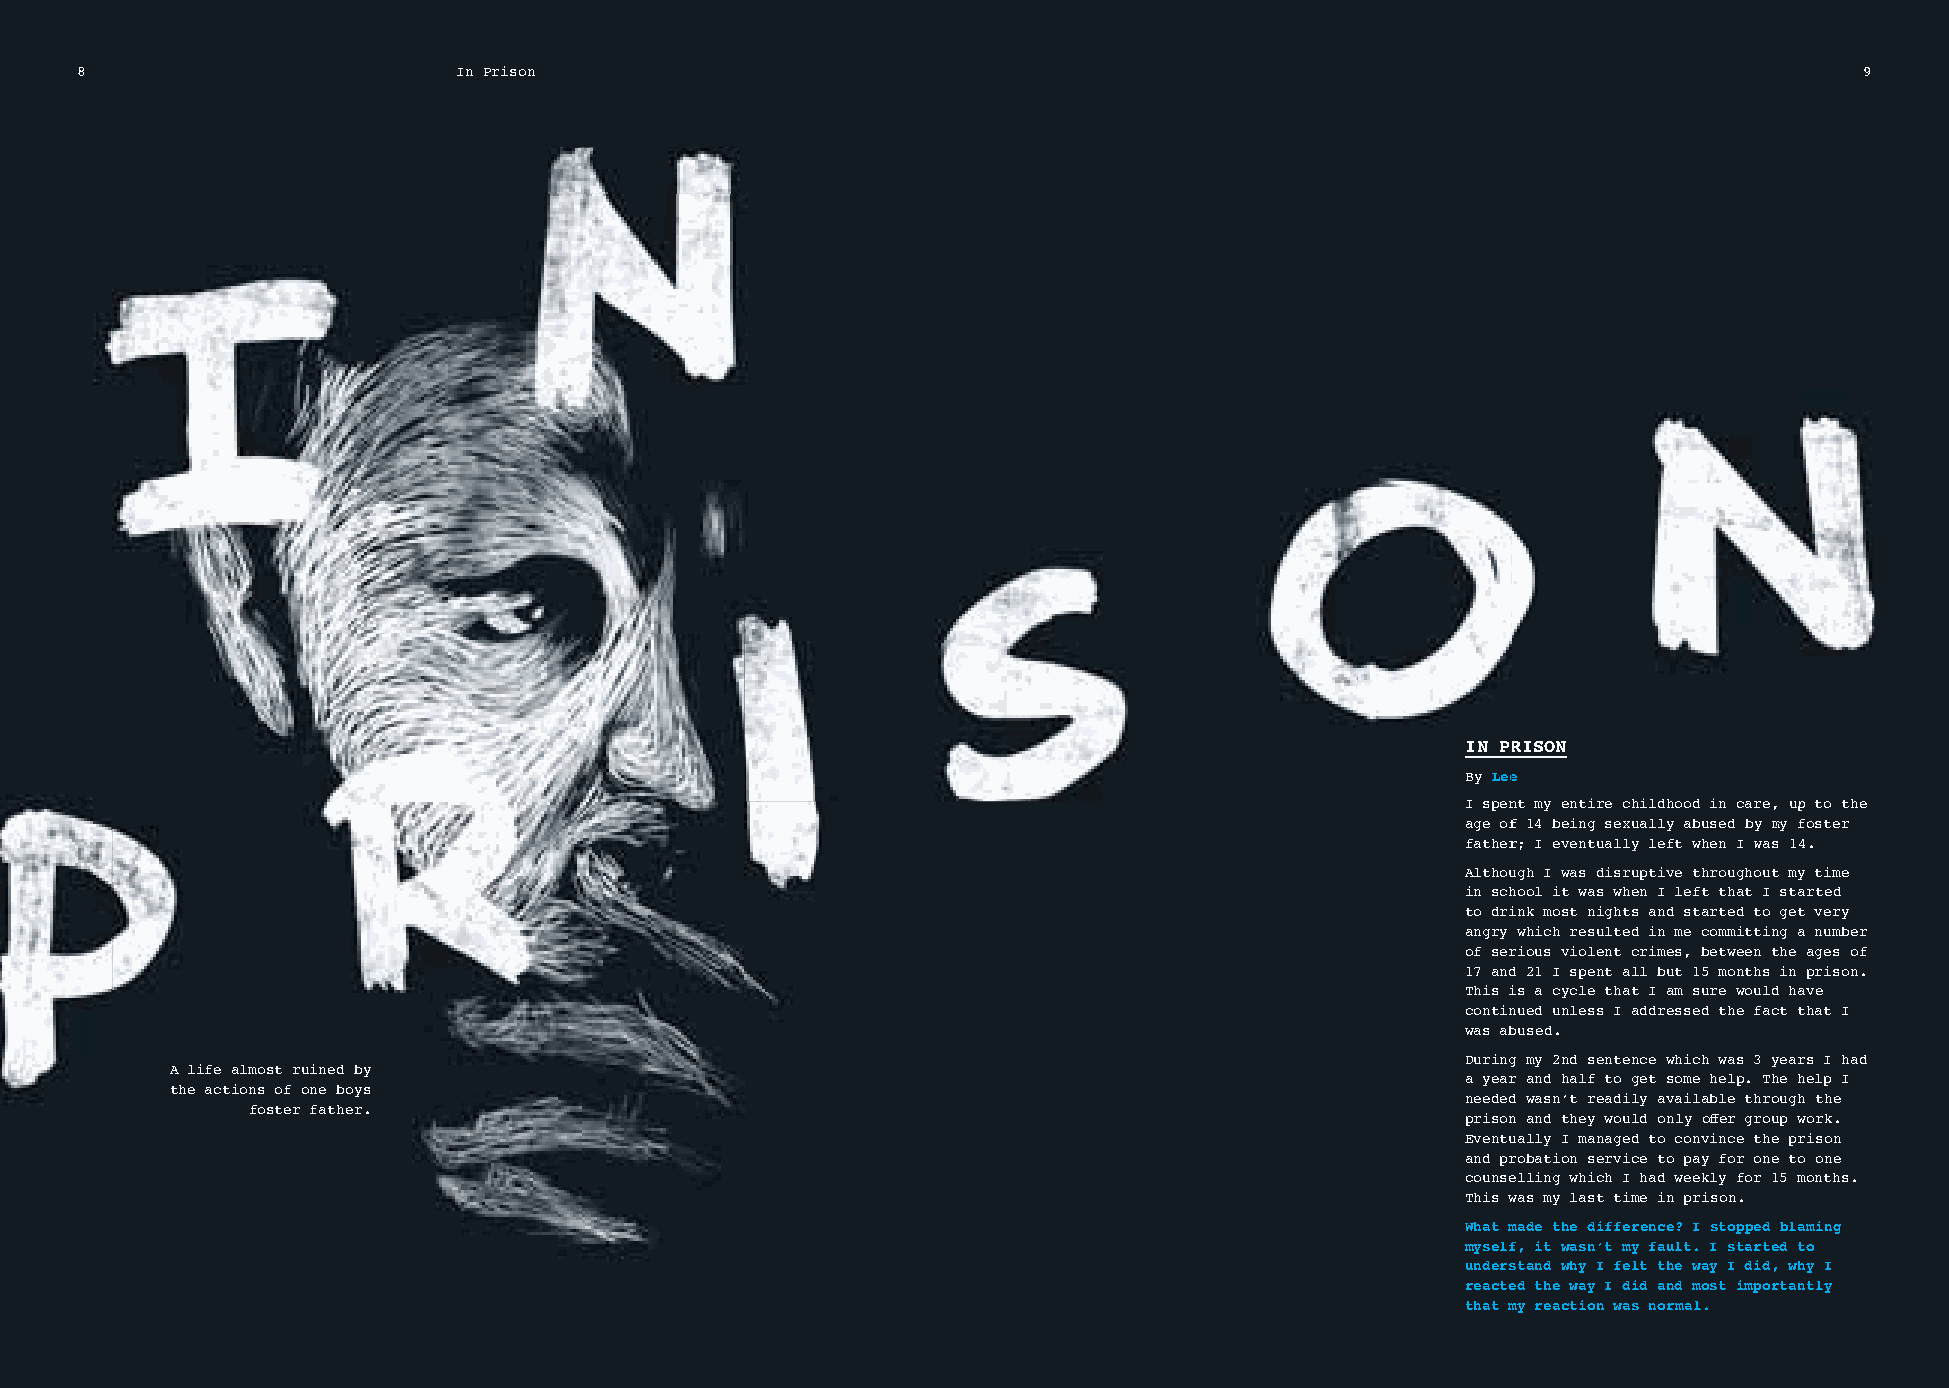
8                        In Prison                                                                                    9
 IN PRRIISSOONN
 By Leee
 I spenntt mmyy eennttiirree cchhiillddhhoooodd iinn ccaarree,, uupp to the
 age off 1144 bbeeiinngg sseexxuuaallllyy aabbuusseedd bbyy mmyy foster
 fatherr;; II eevveennttuuaallllyy lleefftt wwhheenn II wwas 14.
 Althouugghh II wwaass ddiissrruuppttiivvee tthhrrooughout my time
 in school it was when I left that I started
 to drink most nights and started to get very
 angry which resulted in me committing a number
 of serious violent crimes, between the ages of
 17 and 21 I spent all but 15 months in prison.
 This is a cycle that I am sure would have
 continued unless I addressed the fact that I
 was abused.
 During my 2nd sentence which was 3 years I had
 A life almost ruined by
 a year and half to get some help. The help I
 the actions of one boys
 needed wasn’t readily available through the
 foster father.
 prison and they would only off er group work.
 Eventually I managed to convince the prison
 and probation service to pay for one to one
 counselling which I had weekly for 15 months.
 This was my last time in prison.
 What made the difference? I stopped blaming
 myself, it wasn’t my fault. I started to
 understand why I felt the way I did, why I
 reacted the way I did and most importantly
 that my reaction was normal.